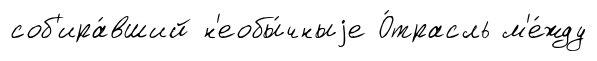
соб'ира́вший н'еобы́чныjе О́трасль м'е́жду